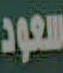
سعود